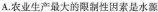
A.农业生产最大的限制性因素是水源